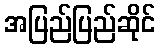
အပြည်ပြည်ဆိုင်